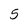
Character: 5